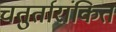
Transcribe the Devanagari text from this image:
चतुर्तारांकित